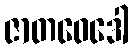
ဇာတဝေဒေါ